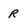
Character: r